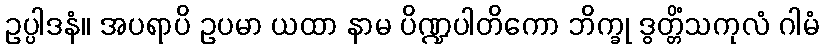
ဥပ္ပါဒနံ။ အပရာပိ ဥပမာ ယထာ နာမ ပိဏ္ဍပါတိကော ဘိက္ခု ဒွတ္တိံသကုလံ ဂါမံ